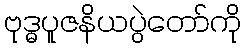
ဗုဒ္ဓပူဇနိယပွဲတော်ကို